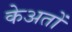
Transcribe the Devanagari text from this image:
केअतों